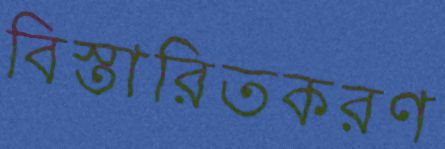
বিস্তারিতকরণ